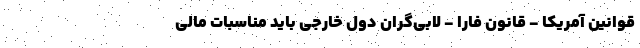
قوانین آمریکا - قانون فارا - لابی‌گران دول خارجی باید مناسبات مالی